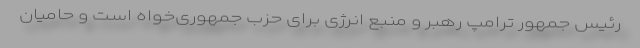
رئیس جمهور ترامپ رهبر و منبع انرژی برای حزب جمهوری‌خواه است و حامیان